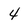
Character: 4